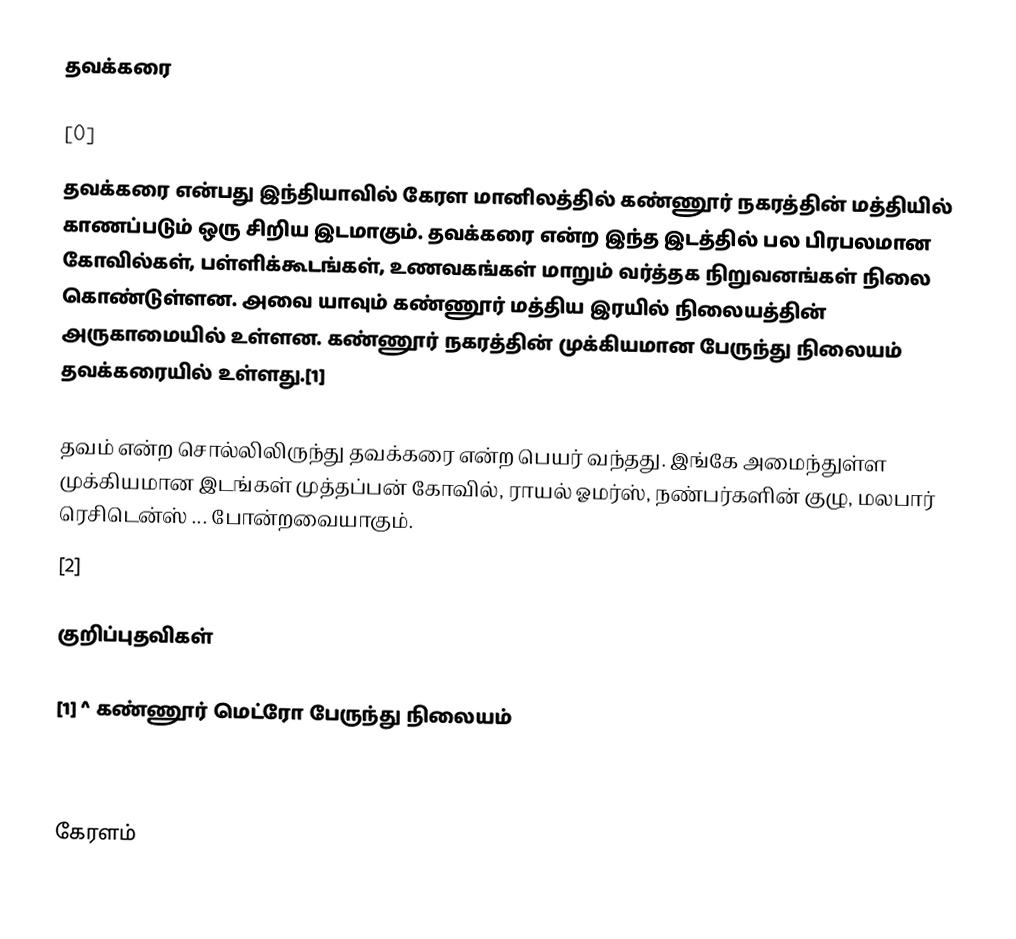
தவக்கரை

[0]
தவக்கரை என்பது இந்தியாவில் கேரள மானிலத்தில் கண்ணூர் நகரத்தின் மத்தியில் காணப்படும் ஒரு சிறிய இடமாகும். தவக்கரை என்ற இந்த இடத்தில் பல பிரபலமான கோவில்கள், பள்ளிக்கூடங்கள், உணவகங்கள் மாறும் வர்த்தக நிறுவனங்கள் நிலை கொண்டுள்ளன. அவை யாவும் கண்ணூர் மத்திய இரயில் நிலையத்தின் அருகாமையில் உள்ளன. கண்ணூர் நகரத்தின் முக்கியமான பேருந்து நிலையம் தவக்கரையில் உள்ளது.[1]

தவம் என்ற சொல்லிலிருந்து தவக்கரை என்ற பெயர் வந்தது. இங்கே அமைந்துள்ள முக்கியமான இடங்கள் முத்தப்பன் கோவில், ராயல் ஓமர்ஸ், நண்பர்களின் குழு, மலபார் ரெசிடென்ஸ் ... போன்றவையாகும்.
[2]

குறிப்புதவிகள்

[1] ^ கண்ணூர் மெட்ரோ பேருந்து நிலையம்

[3]

கேரளம்